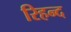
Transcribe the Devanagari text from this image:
रिहन्‍द